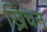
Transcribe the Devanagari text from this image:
ख्रिचन